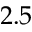
2 . 5